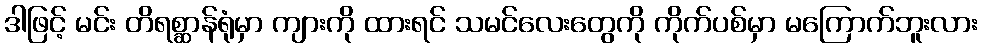
ဒါဖြင့် မင်း တိရစ္ဆာန်ရုံမှာ ကျားကို ထားရင် သမင်လေးတွေကို ကိုက်ပစ်မှာ မကြောက်ဘူးလား